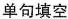
单句填空